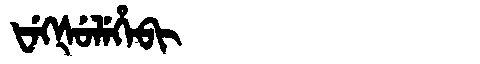
Manchu: ᡶᡝᡴᡧᡠᠯᡝᡥᡝᠪᡳ
Romanization: FEKŠULEHEBI